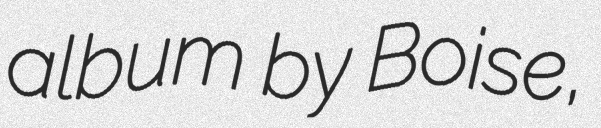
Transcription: album by Boise,